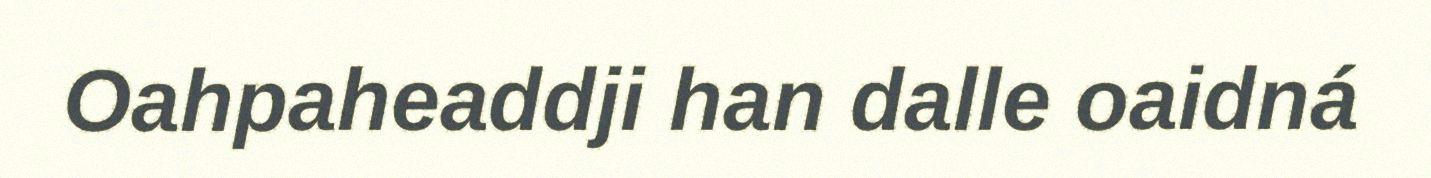
Oahpaheaddji han dalle oaidná